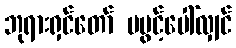
ဘုရားရှင်တော် မပွင့်ပေါ်လျှင်